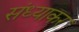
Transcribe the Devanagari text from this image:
संध्याकर